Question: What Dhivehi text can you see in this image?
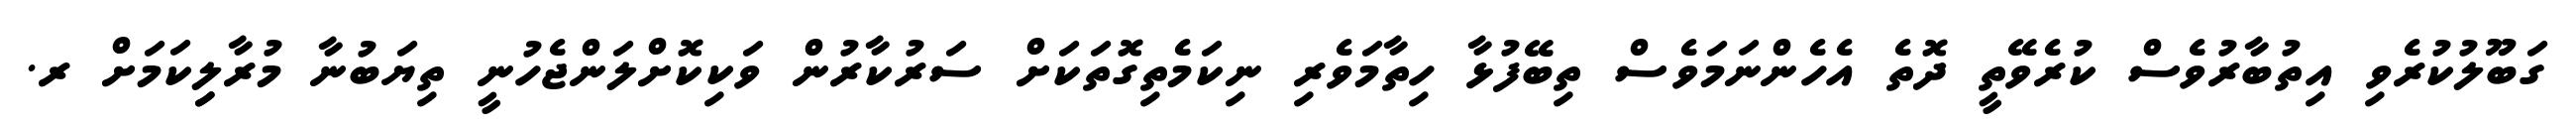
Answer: ގަބޫލުކުރެވި އިތުބާރުވެސް ކުރެވޭތީ ދޮތެ އެހެންނަމަވެސް ތިބޭފުޅާ ހިތާމަވެރި ނިކަމެތިގޮތަކަށް ސަރުކާރުން ވަކިކޮށްލަންޖެހުނީ ތިޔަބުނާ މުރާލިިކަމަށް ރ.